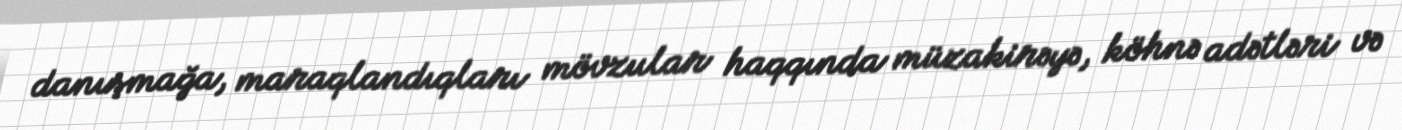
danışmağa, maraqlandıqları mövzular haqqında müzakirəyə, köhnə adətləri və